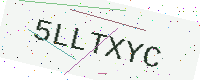
Text: 5LLTXYC